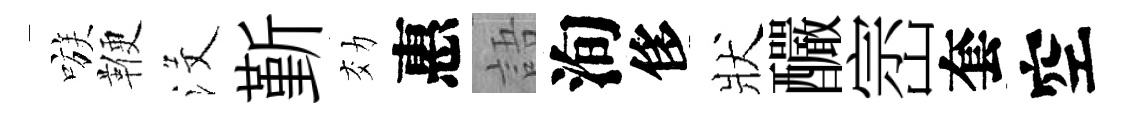
嗾鞭沒斳効惠語洵侈狀釅崈套空